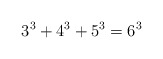
\begin{align*}3^{3}+4^{3}+5^{3}=6^{3}\end{align*}